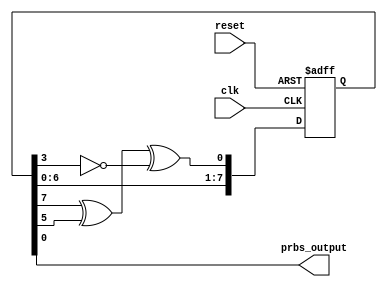
module prbs_generator (
    input clk,
    input reset,
    output wire prbs_output
);
    parameter BIT_WIDTH = 8; // Parametre ile bit say?s?n? ayarlay?n
    reg [BIT_WIDTH-1:0] shift_register = {BIT_WIDTH{1'b1}}; // Initial value, non-zero
    wire random = shift_register[BIT_WIDTH-1] ^ shift_register[BIT_WIDTH-3] ^ ~shift_register[BIT_WIDTH-5]; // choice of random bit 

    always @(posedge clk or posedge reset) begin
        if (reset)
            shift_register <= {BIT_WIDTH{1'b1}};
        else
            shift_register <= {shift_register[BIT_WIDTH-2:0], random};
    end

    assign prbs_output = shift_register[0];
endmodule